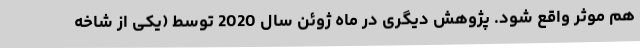
هم موثر واقع شود. پژوهش دیگری در ماه ژوئن سال 2020 توسط (یکی از شاخه